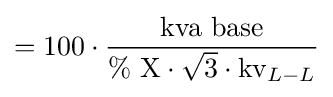
=100\cdot {\frac {\text{kva base}}{\%{\text{ X}}\cdot {\sqrt {3}}\cdot {\text{kv}}_{L-L}}}